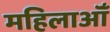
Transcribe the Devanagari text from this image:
महिलाऑँ